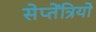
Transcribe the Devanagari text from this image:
सेप्तेंत्रियो